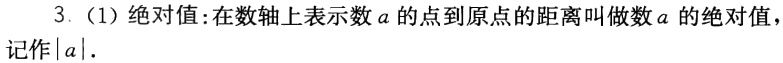
3.（1）绝对值:在数轴上表示数\(a\)的点到原点的距离叫做数\(a\)的绝对值，记作\(\vert a\vert\).